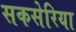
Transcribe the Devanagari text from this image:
सकसेरिया